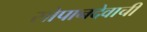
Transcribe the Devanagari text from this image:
सोपानदेवाची